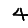
Digit: 4